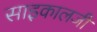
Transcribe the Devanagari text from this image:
साइकालजी